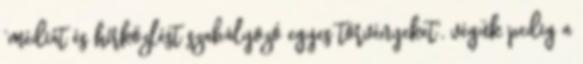
“médiát és hírközlést szabályozó egyes törvényeket”, végük pedig a